Annual administration report of the Civil Veterinary Department of India - 1895-1896
Year: 1895
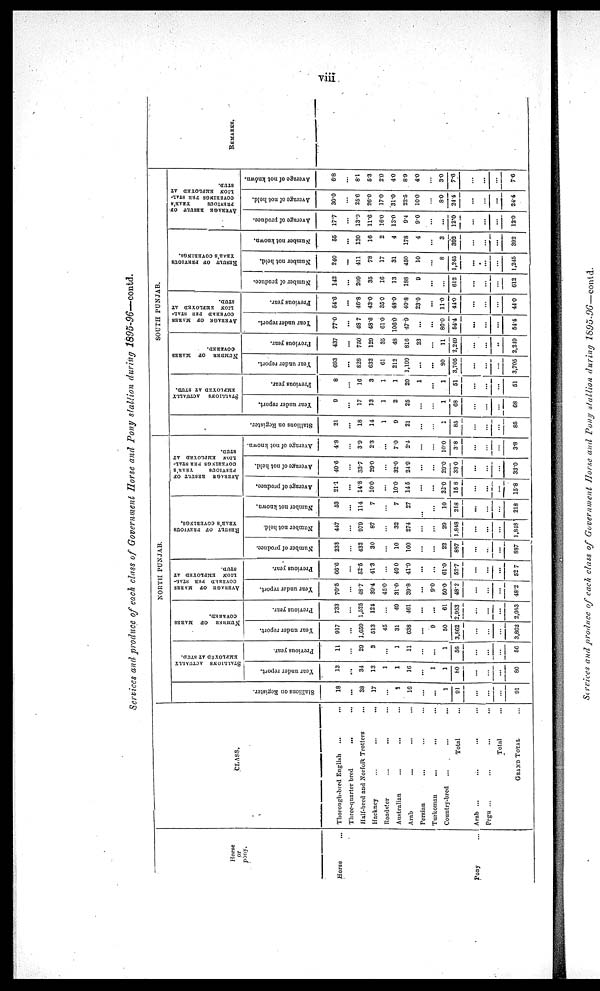
viii
Services and produce of each class of Government Horse and Pony stallion during 1895-96-contd.
Horse
or
pony.
Horse ...
Pony ...
CLASS
Thorough-bred English ... ...
Three-quarter bred
...
...
Half-bred and Norfolk Trotters ...
Hackney
...
...
...
Roadster
...
... ...
Australian ... ... ...
Arab
...
... ...
Persian ... ... ...
Turkoman
...
... ...
Country-bred ... ... ...
Total ...
Arab ...
...
...
Pegu ... ... ...
Total ...
GRAND TOTAL ...
NORTH PUNJAB.
St al l
i
ons on Regi s t
er .
18
...
38
17
...
1
16
...
...
1
91
...
...
...
91
STALLIONS ACTUALLY
EMPLOYED
AT
STUD.
Year under report.
13
...
34
13
1
1
16
...
1
1
80
...
...
...
80
Previous year.
11
...
29
3
...
1
11
...
...
1
56
...
...
...
56
NUMBER
OF
MARES
COVERED.
Year under report.
917
...
1,659
513
45
31
638
...
9
50
3,862
...
...
...
3,862
Previous year.
733
...
1,525
124
...
49
461
...
...
61
2,953
...
...
...
2,953
AVERAGE OF
MARES
COVERED PER STAL-
LION EMPLOYED AT
STUD.
Year under report.
70.5
...
48.7
39.4
450
31.0
39.8
...
9.0
50.0
48.2
...
...
...
48.2
Previous year.
66.6
...
52.5
41.3
...
49.0
41.9
...
...
61.0
52.7
...
...
...
52.7
RESULT OF PREVIOUS
YEAR'S
COVERINGS.
Number of produce.
233
...
432
30
...
10
100
...
...
22
887
...
...
...
887
Number not held.
447
...
979
87
...
32
274
...
...
29
1,848
...
...
...
1,848
Number not known.
53
...
114
7
...
7
27
...
...
10
218
....
...
...
218
AVERAGE
RESULT OF
PREVIOUS
YEAR'S
COVERINGS PER STAL-
LION
EMPLOYED AT
STUD.
Average of produce.
21.1
...
14.8
10.0
...
10.0
145
...
...
220
15.8
...
...
...
15.8
Average of not held.
40.6
...
33.7
29.0
...
32.0
24.9
...
...
20.0
33.0
...
...
...
33.0
Average of not known.
4.8
...
3.9
2.3
...
7.0
2.4
...
...
10.0
38
...
...
...
3.8
SOUTH PUNJAB.
Stallions on Register.
21
...
18
14
1
9
21
...
...
1
85
...
...
...
85
STALLIONS
ACTUALLY
EMPLOYED AT STUD.
Year under report.
9
...
17
13
1
2
25
...
...
1
68
...
...
...
68
Previous year.
8
...
16
3
1
1
20
1
...
1
51
...
...
...
51
NUMBER
OF
MARES
COVERED.
Year under report.
693
...
828
632
61
212
1,199
...
...
80
3,705
...
...
...
3,705
Previous year.
437
...
750
129
35
48
816
23
...
11
2,249
...
...
...
2,249
AVERAGE OF
MARES
COVERED PER STAL-
LION EMPLOYED AT
STUD.
Year under report.
77.0
...
48.7
48.6
61.0
106.0
47.9
...
...
80.0
54.4
...
...
...
54.4
Previous year.
54.6
...
46.8
43.0
35.0
48.0
40.8
23.0
...
11.0
44.0
...
...
...
44.0
RESULT
OF PREVIOUS
Number of produce.
142
...
209
35
16
13
188
9
...
612
...
...
...
612
Number not held.
240
...
411
78
17
31
450
10
...
8
1,245
...
...
...
1,245
Number not known.
55
...
130
16
2
4
178
4
...
3
392
...
...
...
392
AVERAGE RESULT OF
PREVIOUS
YEAR'S
COVERINGS PER STAL-
LION EMPLOYED AT
STUD.
Average of produce.
17.7
...
13.9
11.6
16.0
13.0
9.4
9.0
...
...
12.0
...
...
...
12.0
Average of not held.
30.0
...
25.6
26.0
17.0
31.0
22.5
10.0
...
8.0
24.4
...
...
...
24.4
Average of not known.
6.8
...
8.1
5.3
2.0
4.0
8.9
4.0
...
3.0
7.6
...
...
...
7.6
REMARKS.